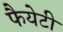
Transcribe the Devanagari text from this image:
फैयेटी